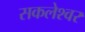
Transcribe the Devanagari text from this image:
सकलेश्वर